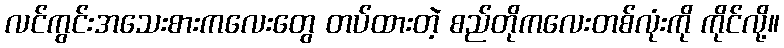
လင်ကွင်းအသေးစားကလေးတွေ တပ်ထားတဲ့ စည်တိုကလေးတစ်လုံးကို ကိုင်လို့။